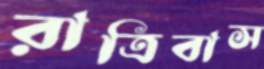
রাত্রিবাস